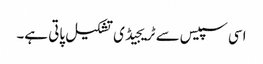
اسی سپیس سے ٹریجیڈی تشکیل پاتی ہے۔